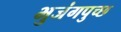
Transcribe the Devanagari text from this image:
भुजंगपुच्छ